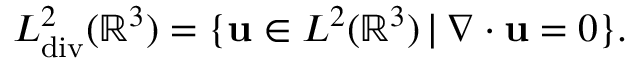
L _ { \mathrm { d i v } } ^ { 2 } ( \mathbb { R } ^ { 3 } ) = \{ \mathbf { u } \in L ^ { 2 } ( \mathbb { R } ^ { 3 } ) \, | \, \nabla \cdot \mathbf { u } = 0 \} .